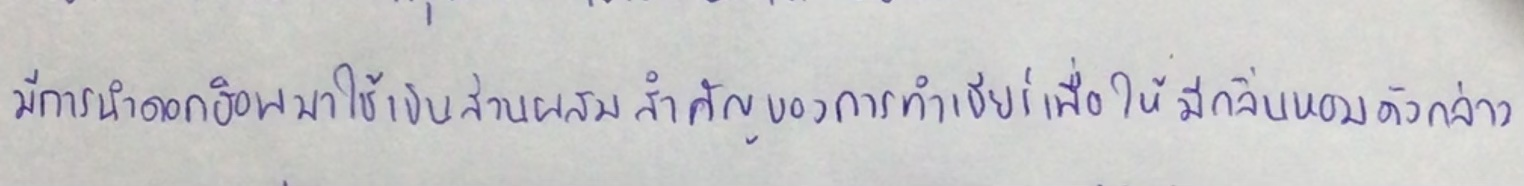
มีการนำดอกฮ็อพมาใช้เป็นส่วนผสมสำคัญของการทำเบียร์เพื่อให้มีกลิ่นหอมดังกล่าว